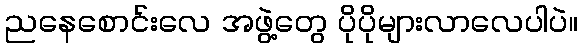
ညနေစောင်းလေ အဖွဲ့တွေ ပိုပိုများလာလေပါပဲ။